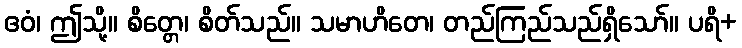
ဧဝံ၊ ဤသို့။ စိတ္တေ၊ စိတ်သည်။ သမာဟိတေ၊ တည်ကြည်သည်ရှိသော်။ ပရိ+